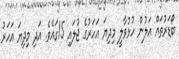
ބޯޑަރުތައް އަލުން ހުޅުވާލީ މިދިޔަ އަހަރުގެ ޖުލައި 15ގައެވެ. އަދި މިދިޔަ އަހަރު